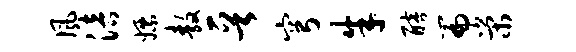
风涪嫖敖晋穹朱醅篇荣